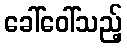
ခေါ်ဝေါ်သည့်